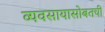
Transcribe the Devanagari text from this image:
व्यवसायासोबतची